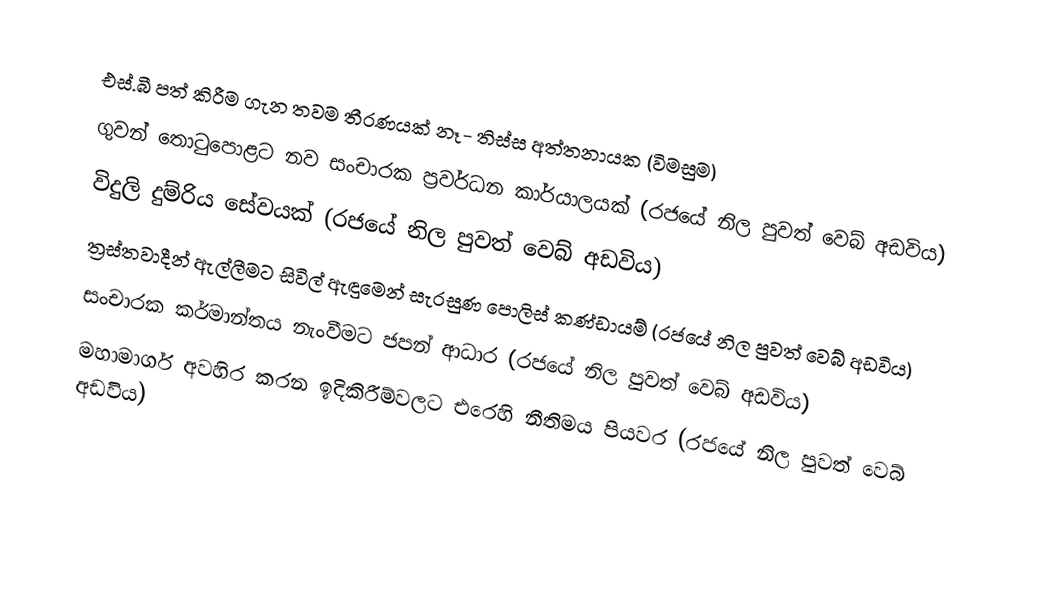
එස්.බී පත් කිරීම ගැන තවම තීරණයක් නෑ- තිස්ස අත්තනායක  (විමසුම)
 ගුවන් තොටුපොළට නව සංචාරක ප්‍රවර්ධන කාර්යාලයක්  (රජයේ නිල පුවත් වෙබ් අඩවිය)
 විදුලි දුම්රිය සේවයක්  (රජයේ නිල පුවත් වෙබ් අඩවිය)
 ත්‍රස්තවාදීන් ඇල්ලීමට සිවිල් ඇඳුමෙන් සැරසුණ පොලිස් කණ්ඩායම් (රජයේ නිල පුවත් වෙබ් අඩවිය)
 සංචාරක කර්මාන්තය නැංවීමට ජපන් ආධාර (රජයේ නිල පුවත් වෙබ් අඩවිය)
 මහාමාර්ග අවහිර කරන ඉදිකිරීම්වලට එරෙහි නීතිමය පියවර (රජයේ නිල පුවත් වෙබ් අඩවිය)